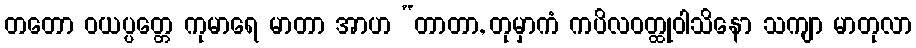
တတော ဝယပ္ပတ္တေ ကုမာရေ မာတာ အာဟ “တာတာ, တုမှာကံ ကပိလဝတ္ထုဝါသိနော သကျာ မာတုလာ